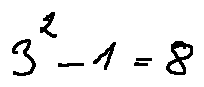
3 ^ { 2 } - 1 = 8